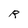
Character: R